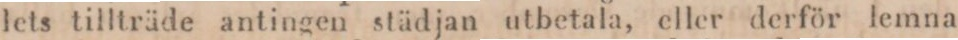
lets tillträde antingen städjan utbetala, eller derför lemna